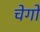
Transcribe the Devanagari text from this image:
चेगो